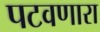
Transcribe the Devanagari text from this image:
पटवणारा